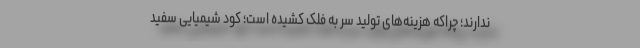
ندارند؛ چراکه هزینه‌های تولید سر به فلک کشیده است؛ کود شیمیایی سفید